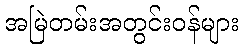
အမြဲတမ်းအတွင်းဝန်များ